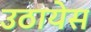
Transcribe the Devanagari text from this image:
उठायेस